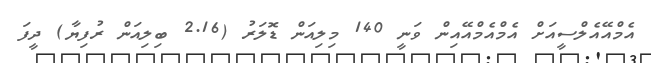
އެމްއޭއެލްސީއަށް އެމްއެމްއޭއިން ވަނީ 140 މިލިއަން ޑޮލަރު (2.16 ބިލިއަން ރުފިޔާ) ދީފަ